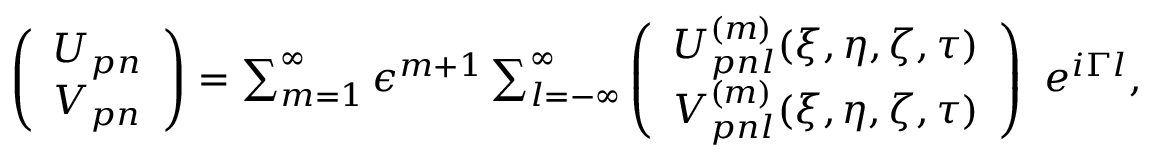
\begin{array} { r } { \left( \begin{array} { l } { U _ { p n } } \\ { V _ { p n } } \end{array} \right) = \sum _ { m = 1 } ^ { \infty } \epsilon ^ { m + 1 } \sum _ { l = - \infty } ^ { \infty } \left( \begin{array} { l } { U _ { p n l } ^ { ( m ) } ( \xi , \eta , \zeta , \tau ) } \\ { V _ { p n l } ^ { ( m ) } ( \xi , \eta , \zeta , \tau ) } \end{array} \right) ~ e ^ { i \Gamma l } , } \end{array}